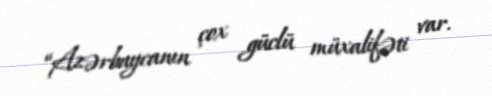
“Azərbaycanın çox güclü müxalifəti var.